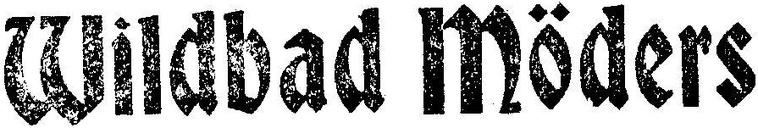
Wildbad Möders